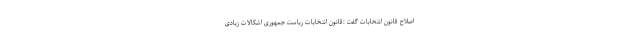
اصلاح قانون انتخابات گفت :قانون انتخابات ریاست جمهوری اشکالات زیادی